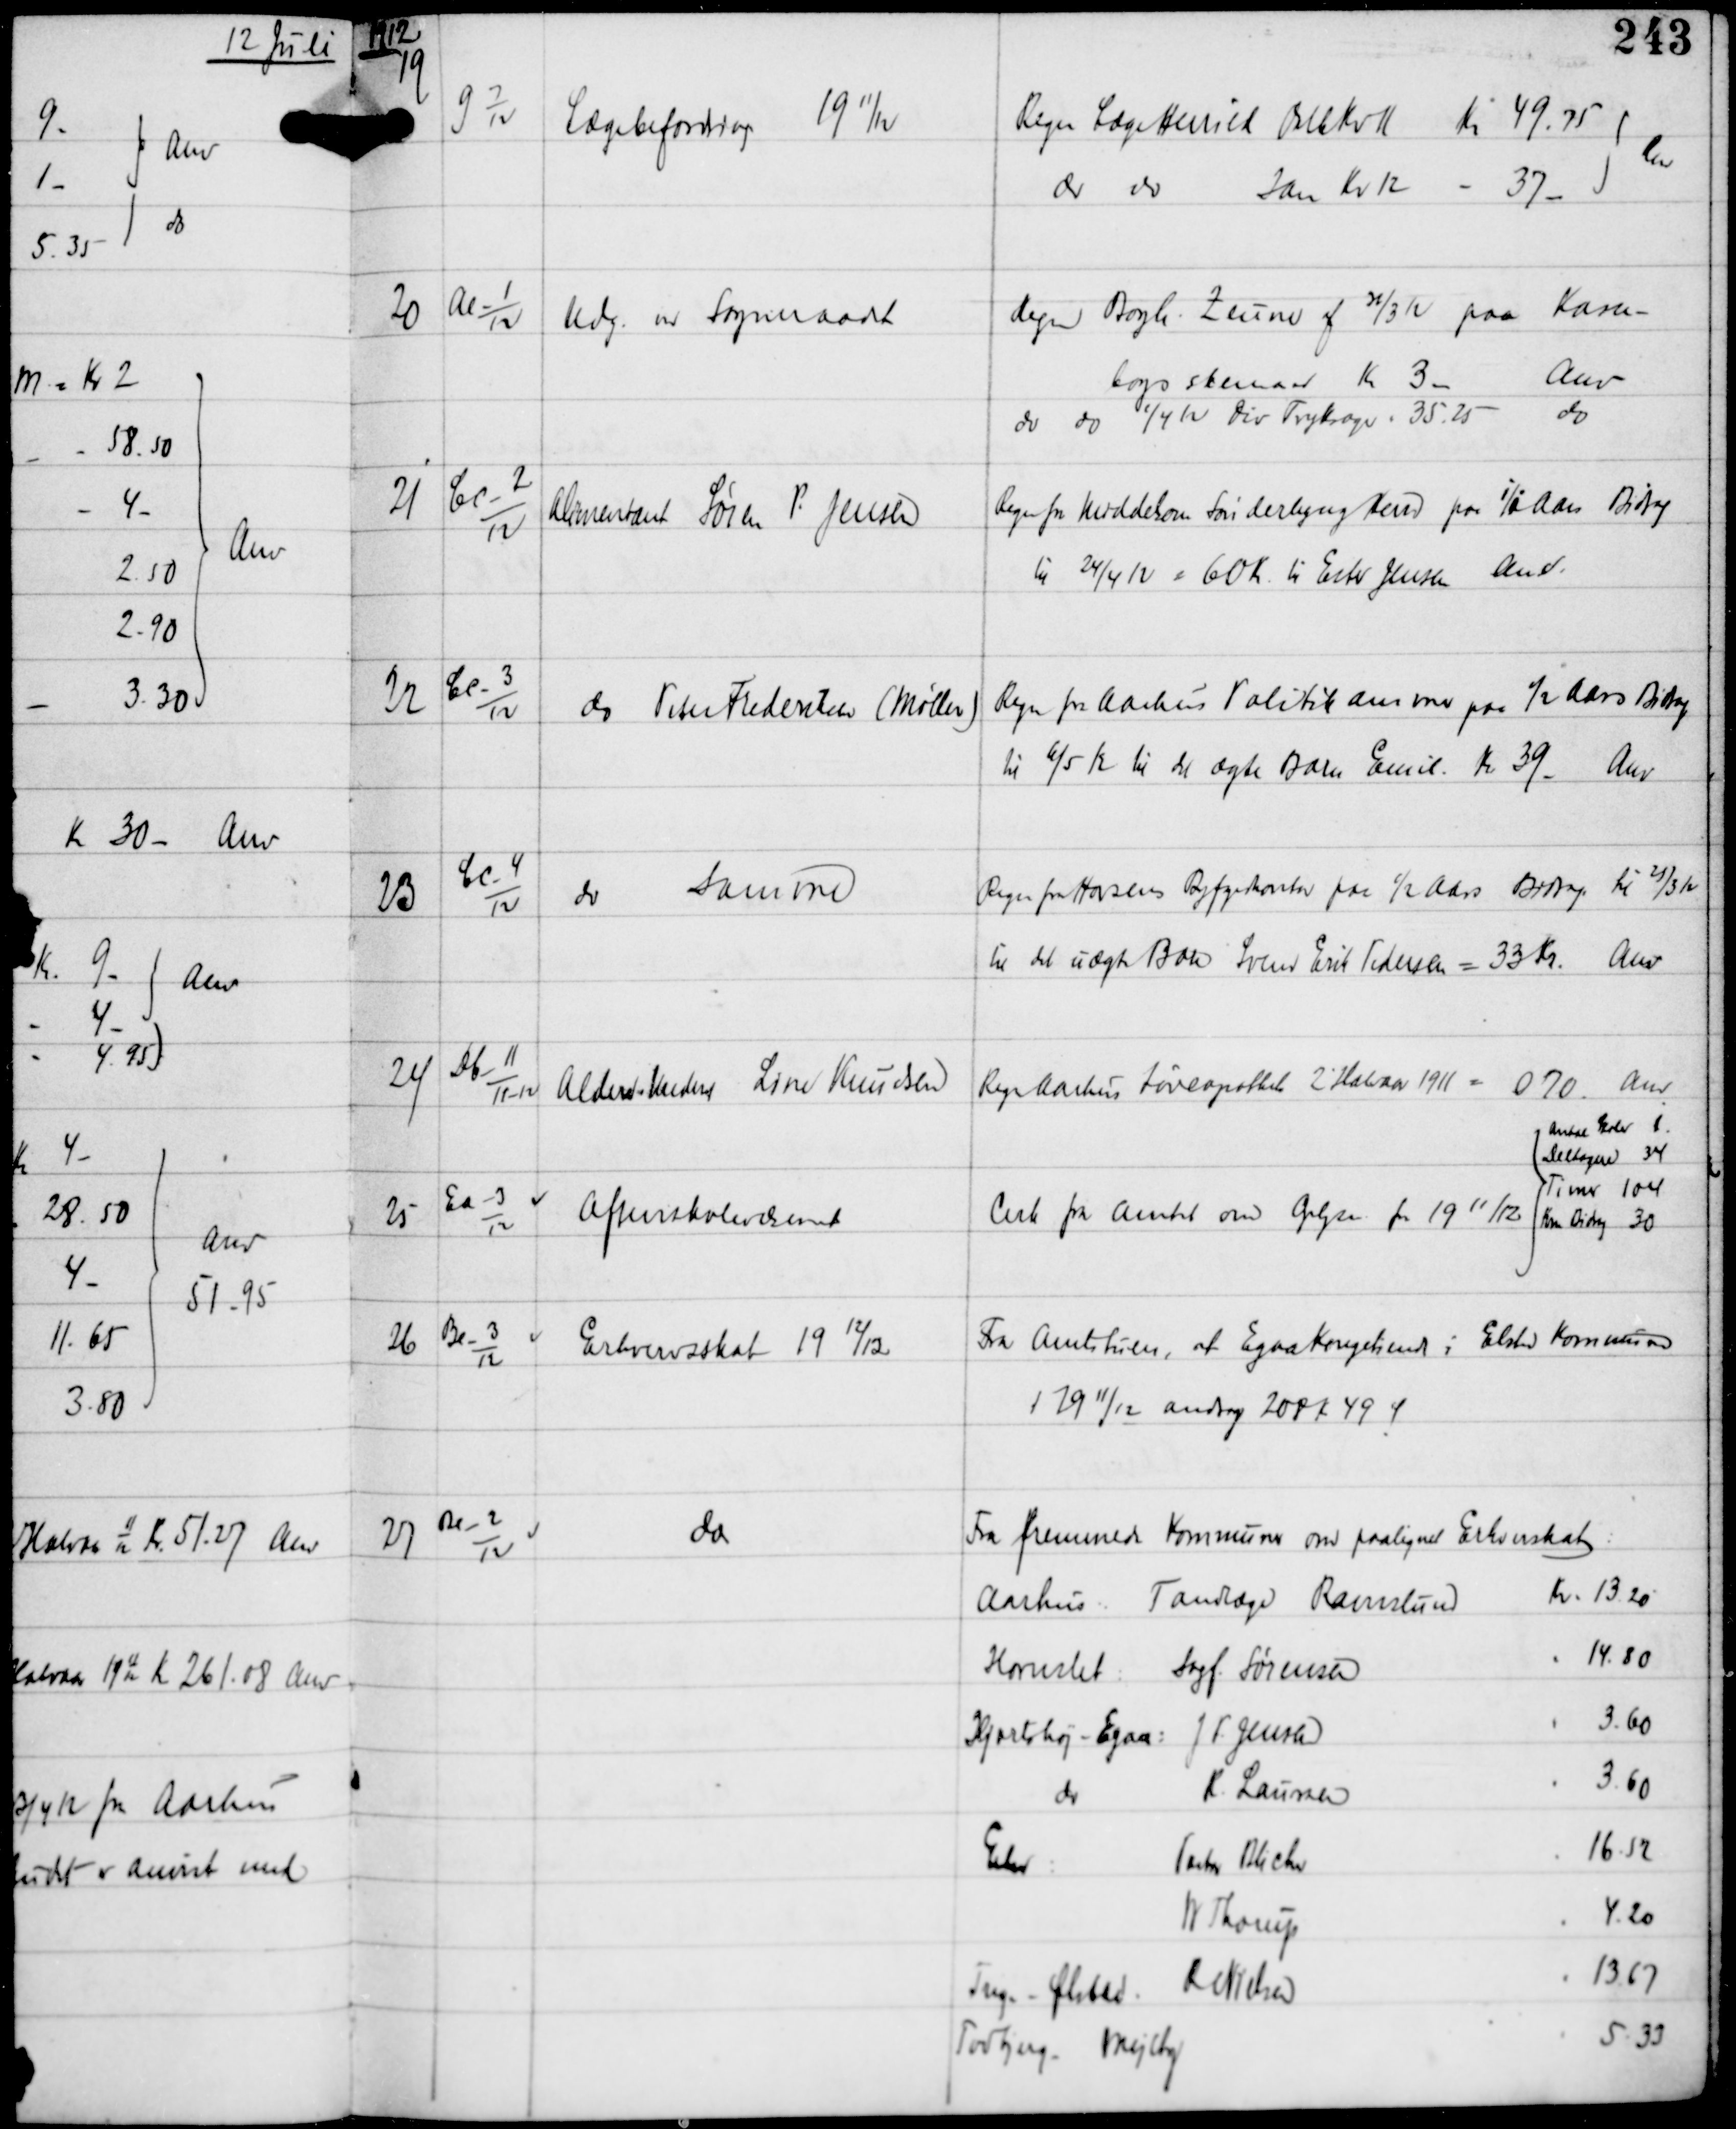
Transskription:
1912

19

G 7
12

Lægebefordring 1911/12

Regn Læge Herrild Oktb Kv 11 Kr 49.75
do do Jan Kv 12 - 37-
Anv

20

Ac-1
12

Udg ved Sogneraadet

Regn Bogh Zeuner af 31/3 12 paa Kasse-
bogsskemaer Kr 3-
Anv
do do 1/4 12 Div Tryksager - 35.25
do

21

Cc-2
12

Alimentant Søren P. Jensen

Regn fra Middelsom-Sønderlyng Herred paa ½ Aars Bidrag
til 24/4 12 = 60 Kr til Ester Jensen
Anv

22

Cc-3
12

do Peter Frederiksen (Møller)

Regn fra Aarhus Politikammer paa ½ Aars Bidrag
til 6/5 12 til det ægte Barn Emil Kr 39
Anv

23

Cc-4
12

do samme

Regn fra Horsens Byfogedkontor paa ½ Aars Bidrag til 21/3 12
til det uægte Barn Svend Erik Pedersen = 33 Kr
Anv

24

Db-11
11-12

Alderd - Underst Line Knudsen

Regn Aarhus Løveapothek 2' Halvaar 1911 = 0.70 Anv

25

Ea-3
12

Aftenskolevæsenet

Cirk fra Amtet om Oplysn for 1911/12

Antal Skoler 1
Deltagere 34
Timer 104
Kom Bidrag 30

26

Be-3
12

Erhvervsskat 19 12/13

Fra Amtstuen, at Egaa Kongetiende i Elsted Kommune
i 1911/12 androg 208 Kr 49 Ø

27

Be-2
12

do